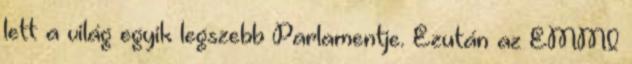
lett a világ egyik legszebb Parlamentje. Ezután az EMMI